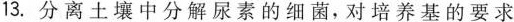
13.分离土壤中分解尿素的细菌，对培养基的要求